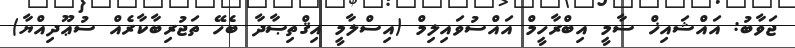
ޖަވާބު: އައްޝައިޚް ސާމީ އިބްރާހީމް އައްސުވައިލިމް (އިސްލާމީ އިޤްތިޞާދާ ބެހޭ ތަޖުރިބާކާރެއް ސުޢޫދިއްޔާ)